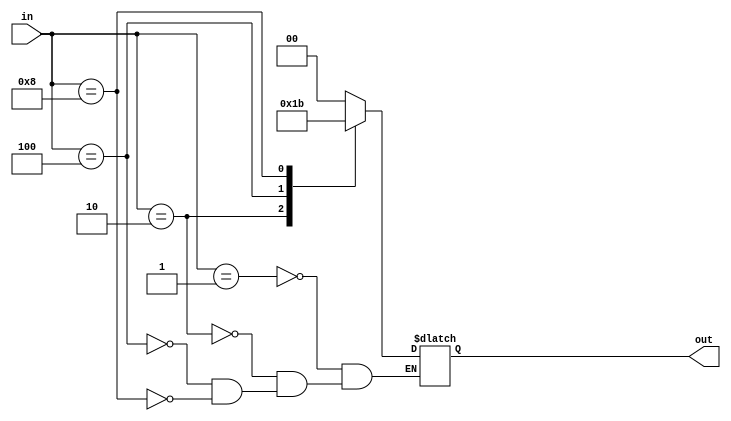
module enc(in, out);
input [3:0] in; 
output [1:0] out; 
reg[1:0]out; 
always @(*) begin
case(in) 4'b0001:
out=2'b00; 
4'b0010: out=2'b01; 
4'b0100: out=2'b10; 
4'b1000: out=2'b11;
endcase 
end 
endmodule

module test; 
reg [3:0] in; 
wire [1:0] out; 
enc e(in,out); initial
begin
$dumpfile("dump.vcd");
$dumpvars(0,test);
$display("in3\tin2\tin2\tin0\to1\to0"); 
$monitor("%b\t%b\t%b\t%b\t%b\t%b",in[3],in[2],in[1],in[0],out[1],out[0]); 
in=4'b0001;
#10
in=4'b0010;
#10
in=4'b0100;
#10
in=4'b1000;
#10 $finish;
end
endmodule